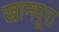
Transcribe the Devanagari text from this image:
खानपूरा